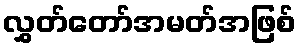
လွှတ်တော်အမတ်အဖြစ်